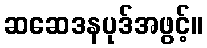
ဆဆေဒနပုဒ်အဖွင့်။